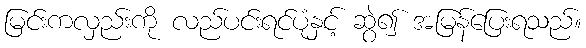
မြင်းကလှည်းကို လည်ပင်းရင်ပုံနှင့် ဆွဲ၍ အမြန်ပြေးရသည်။